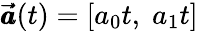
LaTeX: \pmb{\vec{a}}(t)=[a_{0}t,\; a_{1}t]